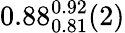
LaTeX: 0.88_{0.81}^{0.92}(2)